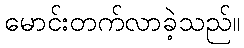
မောင်းတက်လာခဲ့သည်။